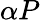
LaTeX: \alpha P